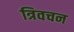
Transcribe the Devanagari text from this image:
त्रिवचन